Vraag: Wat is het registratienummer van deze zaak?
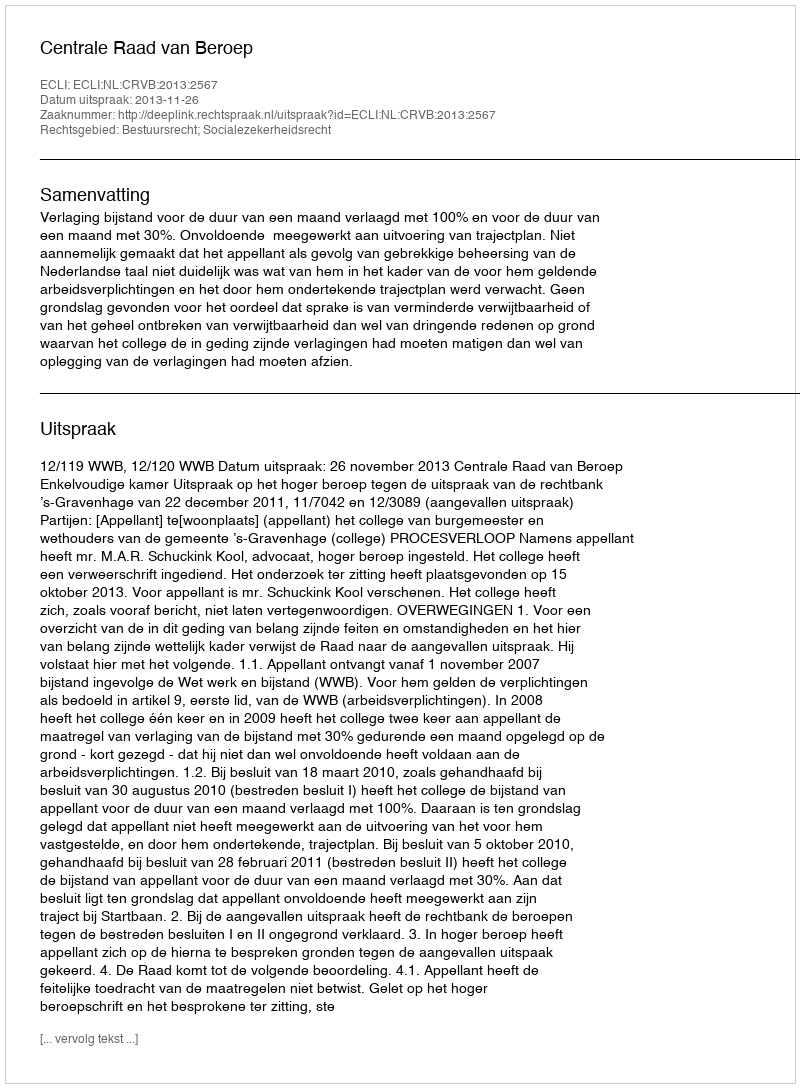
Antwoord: http://deeplink.rechtspraak.nl/uitspraak?id=ECLI:NL:CRVB:2013:2567